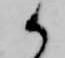
候